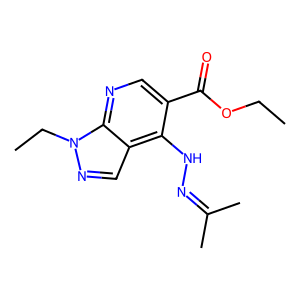
SMILES: CCOC(=O)c1cnc2c(cnn2CC)c1NN=C(C)C
Inhibits HIV replication: No